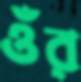
ওঁর